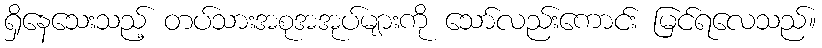
ရှိနေသေးသည့် တပ်သားအစုအအုပ်များကို သော်လည်းကောင်း မြင်ရလေသည်။